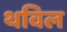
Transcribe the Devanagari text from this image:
थविल